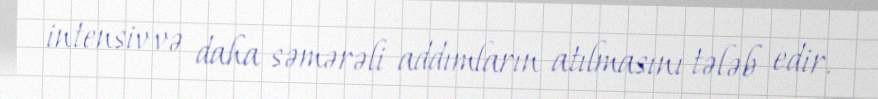
intensiv və daha səmərəli addımların atılmasını tələb edir.